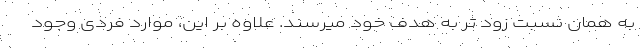
به همان نسبت زود تر به هدف خود میرسند. علاوه بر این، موارد فردی وجود